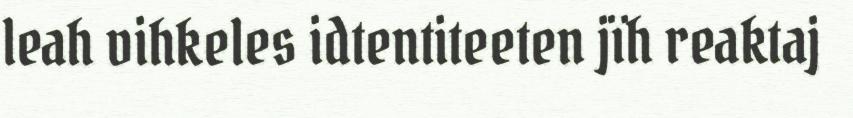
leah vihkeles idtentiteeten jïh reaktaj